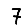
Digit: 7